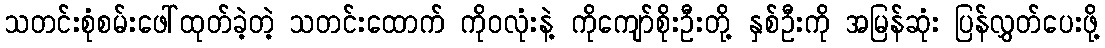
သတင်းစုံစမ်းဖေါ်ထုတ်ခဲ့တဲ့ သတင်းထောက် ကိုဝလုံးနဲ့ ကိုကျော်စိုးဦးတို့ နှစ်ဦးကို အမြန်ဆုံး ပြန်လွှတ်ပေးဖို့